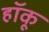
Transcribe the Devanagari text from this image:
हॉकू